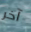
آخر